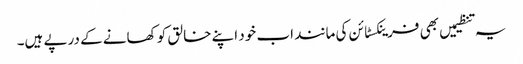
یہ تنظیمیں بھی فرینکسٹائن کی مانند اب خود اپنے خالق کو کھانے کے درپے ہیں۔